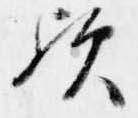
歟